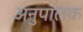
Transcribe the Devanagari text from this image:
अनुपालक